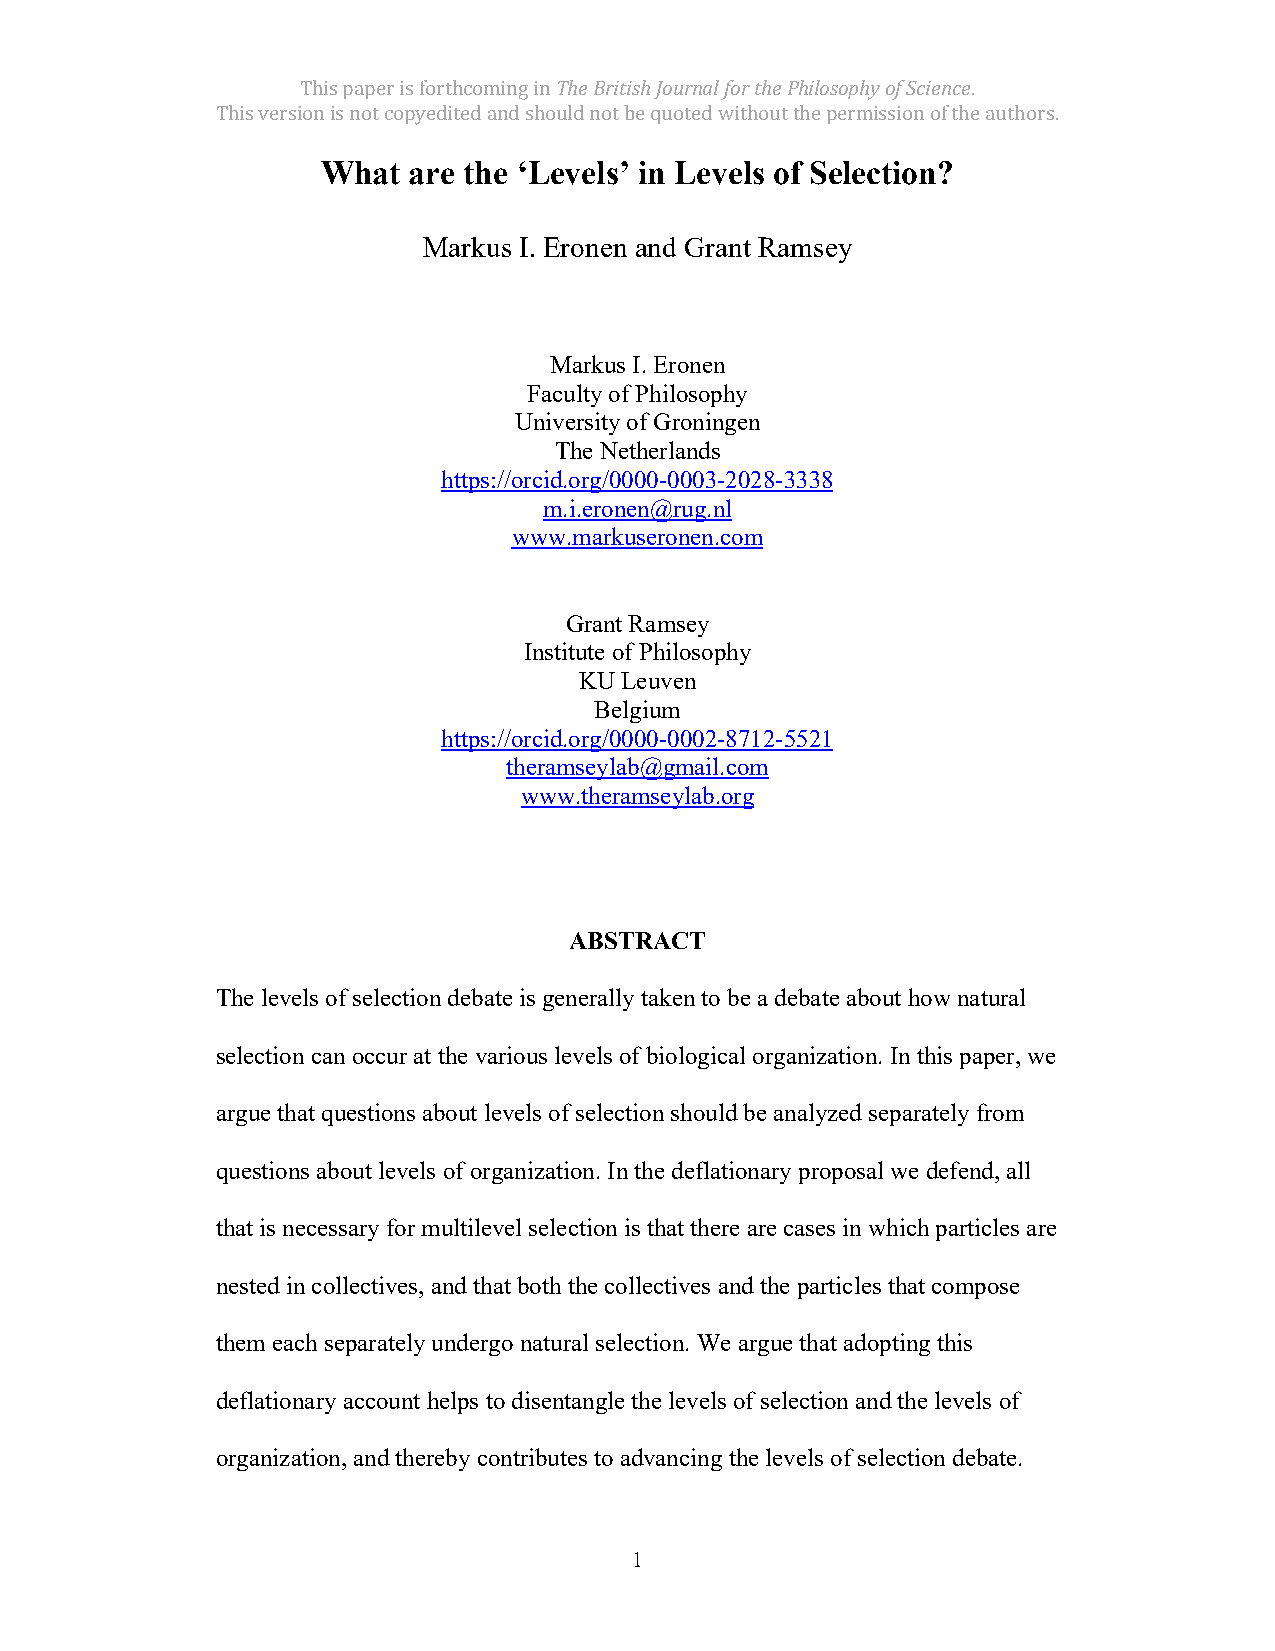
This paper is forthcoming in The British Journal for the Philosophy of Science.
 This version is not copyedited and should not be quoted without the permission of the authors.
 What  are the ‘Levels’ in Levels of Selection?
 Markus I. Eronen and Grant Ramsey
 Markus I. Eronen
 Faculty of Philosophy
 University of Groningen
 The Netherlands
 https://orcid.org/0000-0003-2028-3338
 m.i.eronen@rug.nl
 www.markuseronen.com
 Grant Ramsey
 Institute of Philosophy
 KU Leuven
 Belgium
 https://orcid.org/0000-0002-8712-5521
 theramseylab@gmail.com
 www.theramseylab.org
 ABSTRACT
 The levels of selection debate is generally taken to be a debate about how natural
 selection can occur at the various levels of biological organization. In this paper, we
 argue that questions about levels of selection should be analyzed separately from
 questions about levels of organization. In the deflationary proposal we defend, all
 that is necessary for multilevel selection is that there are cases in which particles are
 nested in collectives, and that both the collectives and the particles that compose
 them each separately undergo natural selection. We argue that adopting this
 deflationary account helps to disentangle the levels of selection and the levels of
 organization, and thereby contributes to advancing the levels of selection debate.
 1